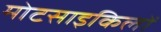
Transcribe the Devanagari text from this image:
मोटसाइकिलों